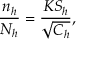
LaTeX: { \frac { n _ { h } } { N _ { h } } } = { \frac { K S _ { h } } { \sqrt { C _ { h } } } } ,